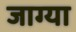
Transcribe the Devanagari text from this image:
जाग्या